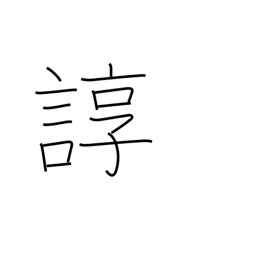
Meaning: tedious